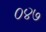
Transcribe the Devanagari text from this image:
०४७